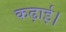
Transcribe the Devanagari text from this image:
कढ़ाई।